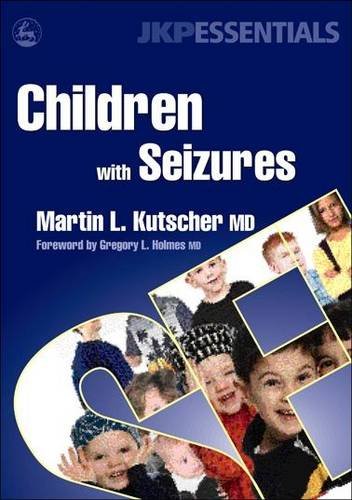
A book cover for Children With Seizures: A Guide For Parents, Teachers, And Other Professionals (JKP Essentials); Martin L.; Health, Fitness & Dieting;